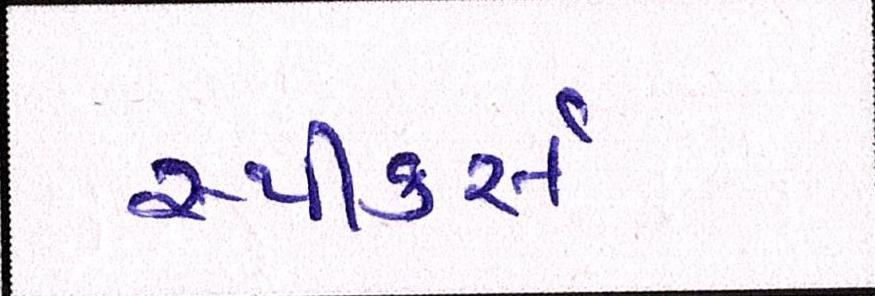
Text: સ્પીકર્સ